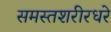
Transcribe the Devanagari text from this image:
समस्तशरीरधरे